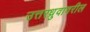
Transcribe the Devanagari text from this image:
उत्तरध्रुवावरील